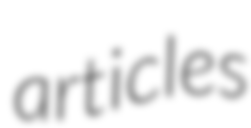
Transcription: articles